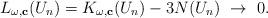
LaTeX: \begin{align*}L_{\omega,\mathbf{c}}(U_n)=K_{\omega,\mathbf{c}}(U_n)-3N(U_n)\ \rightarrow\ 0. \end{align*}